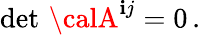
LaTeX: \operatorname*{det}\, {\calA}^{\mathbf{i}j}=0\, .